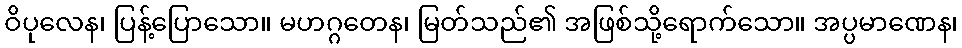
ဝိပုလေန၊ ပြန့်ပြောသော။ မဟဂ္ဂတေန၊ မြတ်သည်၏ အဖြစ်သို့ရောက်သော။ အပ္ပမာဏေန၊